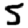
Digit: 5